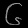
Digit: ၆